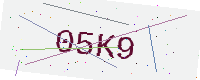
Text: 05K9